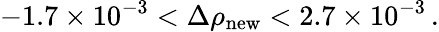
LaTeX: -1.7\times 10^{-3}<\Delta\rho_{\mathrm{new}}<2.7\times 10^{-3}\, .